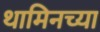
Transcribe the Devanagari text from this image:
थामिनच्या